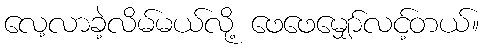
လေ့လာခဲ့လိမ်မယ်လို့ ဖေဖေမျှော်လင့်တယ်။